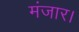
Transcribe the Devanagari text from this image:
मंजार।